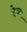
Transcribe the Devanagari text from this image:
हेब्र्यू